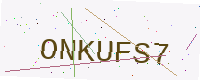
Text: ONKUFS7